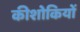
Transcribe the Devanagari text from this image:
कीशोकियों